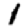
Digit: 1